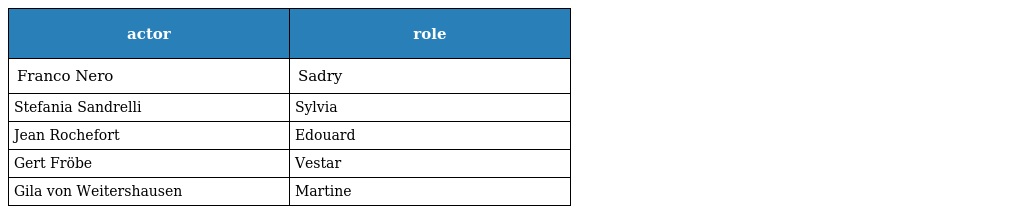
| actor | role |
 | --- | --- |
 | Franco Nero | Sadry |
 | Stefania Sandrelli | Sylvia |
 | Jean Rochefort | Edouard |
 | Gert Fröbe | Vestar |
 | Gila von Weitershausen | Martine |